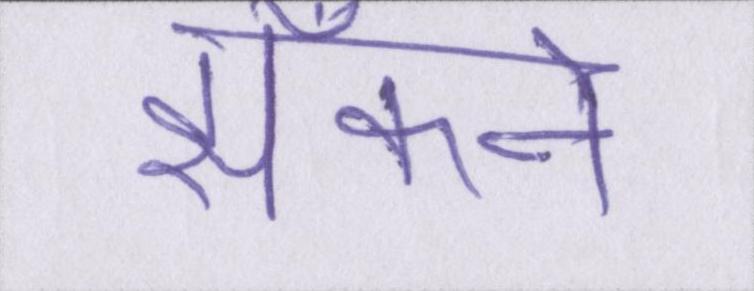
झाँकने